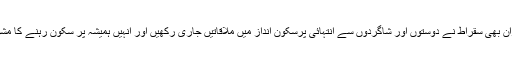
اس دوران بھی سقراط نے دوستوں اور شاگردوں سے انتہائی پرسکون انداز میں ملاقاتیں جاری رکھیں اور انہیں ہمیشہ پر سکون رہنے کا مشورہ دیا۔